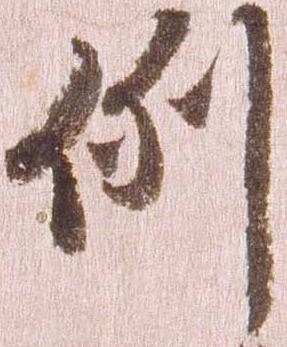
例